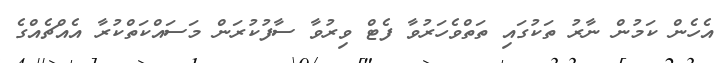
އެހެން ކަމުން ނާރު ތަކުގައި ތަތްވެހަރުވާ ފެޓް ވިރުވާ ސާފުކުރަން މަސައްކަތްކުރާ އެއްޗެއްގެ